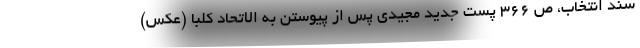
سند انتخاب، ص ۳۶۶ پست جدید مجیدی پس از پیوستن به الاتحاد کلبا (عکس)